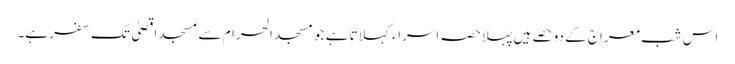
اس شبِ معراج کے دو حصے ہیں پہلا حصہ اسراء کہلاتا ہے جو مسجدِ الحرام سے مسجد اقصیٰ تک سفر ہے۔